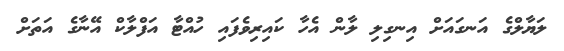
ލަޔާލްގެ އަނގައަށް އިނގިލި ލާން އެހާ ކައިރިވެފައި ހުއްޓާ އަފްލާކް އޭނާގެ އަތަށް